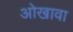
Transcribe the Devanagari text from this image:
ओखावा